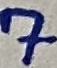
Text: 7